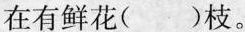
在有鲜花( )枝。